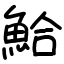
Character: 鮯